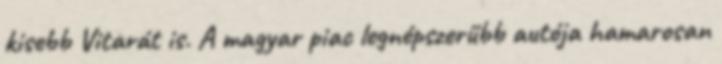
kisebb Vitarát is. A magyar piac legnépszerűbb autója hamarosan